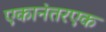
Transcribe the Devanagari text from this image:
एकानंतरएक